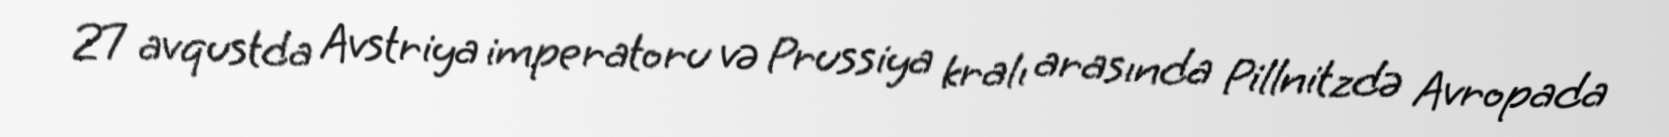
27 avqustda Avstriya imperatoru və Prussiya kralı arasında Pillnitzdə Avropada